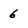
Character: 6